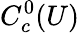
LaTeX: C_{c}^{0}(U)